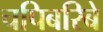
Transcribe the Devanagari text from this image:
चपिबरिबे